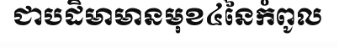
ជាបដិមាមានមុខ៤នៃកំពូល